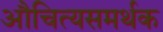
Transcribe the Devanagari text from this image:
औचित्यसमर्थक